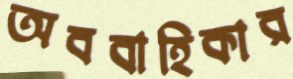
অববাহিকার